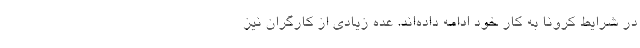
در شرایط کرونا به کار خود ادامه داده‌اند. عده‌ زیادی از کارگران نیز